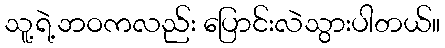
သူ့ရဲ့ဘဝကလည်း ပြောင်းလဲသွားပါတယ်။